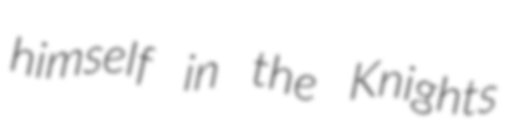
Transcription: himself in the Knights